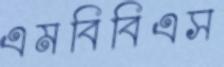
এমবিবিএস